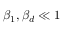
\beta _ { 1 } , \beta _ { d } \ll 1